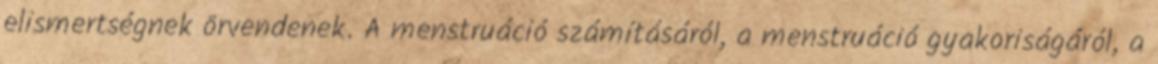
elismertségnek örvendenek. A menstruáció számításáról, a menstruáció gyakoriságáról, a